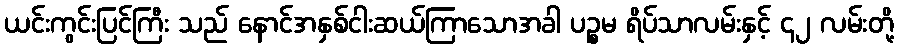
ယင်းကွင်းပြင်ကြီး သည် နောင်အနှစ်ငါးဆယ်ကြာသောအခါ ပဉ္စမ ရိပ်သာလမ်းနှင့် ၄၂ လမ်းတို့